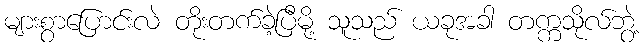
များစွာပြောင်းလဲ တိုးတက်ခဲ့ပြီမို့ သူသည် ယခုအခါ တက္ကသိုလ်ဘွဲ့